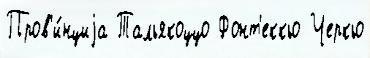
Пров'и́нциjа Тальякоццо Фонт'еккьо Черкьо